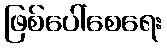
ဖြစ်ပေါ်စေရေး